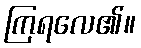
ကြရလေ၏။